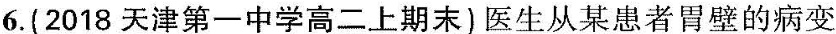
6.(2018天津第一中学高二上期末)医生从某患者胃壁的病变